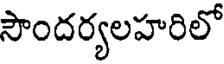
సౌందర్యలహరిలో